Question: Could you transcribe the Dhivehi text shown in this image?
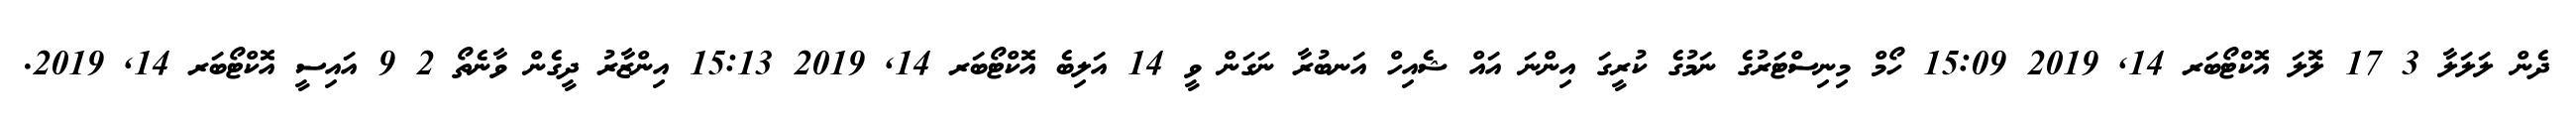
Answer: ދެން ލަލަލާ 3 17 ލޮލަ އޮކްޓޯބަރ 14, 2019 15:09 ހޯމް މިނިސްޓަރުގެ ނަމުގެ ކުރީގަ އިންނަ އައް ޝެއިހް އަނބުރާ ނަގަން ވީ 14 އަލިބެ އޮކްޓޯބަރ 14, 2019 15:13 އިންޒާރު ދީގެން ވާނެތޯ 2 9 އައިސީ އޮކްޓޯބަރ 14, 2019.